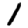
Digit: 1